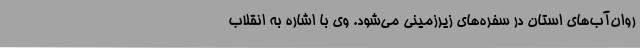
روان‌آب‌های استان در سفره‌های زیرزمینی می‌شود. وی با اشاره به انقلاب